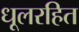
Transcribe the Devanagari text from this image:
धूलरहित